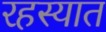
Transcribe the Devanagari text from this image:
रहस्यात